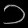
Digit: ၁